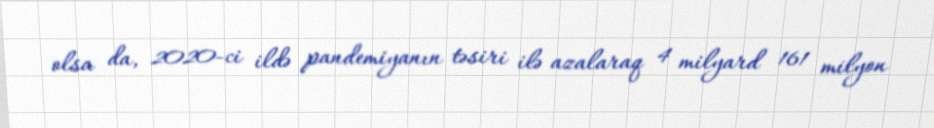
olsa da, 2020-ci ildə pandemiyanın təsiri ilə azalaraq 4 milyard 161 milyon